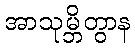
အာသုမ္ဘိတွာန